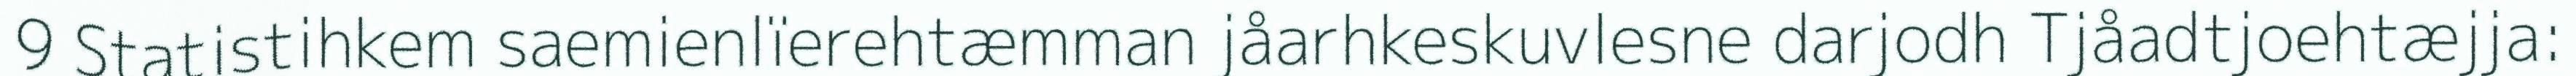
9 Statistihkem saemienlïerehtæmman jåarhkeskuvlesne darjodh Tjåadtjoehtæjja: